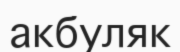
акбуляк